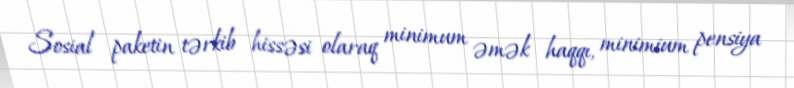
Sosial paketin tərkib hissəsi olaraq minimum əmək haqqı, minimium pensiya